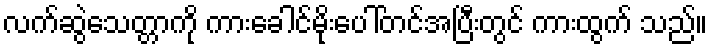
လက်ဆွဲသေတ္တာကို ကားခေါင်မိုးပေါ်တင်အပြီးတွင် ကားထွက် သည်။